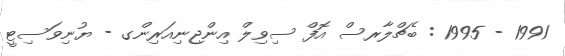
1991 - 1995 : ބެޗްލާރސް އޮފް ސިވިލް އިންޖިނިއަރިންގ - ޔުނިވަސިޓީ